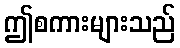
ဤစကားများသည်